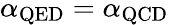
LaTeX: \alpha_{\mathrm{QED}}=\alpha_{\mathrm{QCD}}